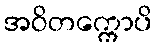
အဝိတက္ကောပိ